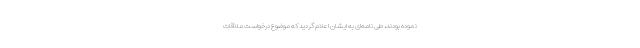
نموده بودند، طی نامه‌ای به ایشان اعلام گردید که موضوع درخواست ملاقات